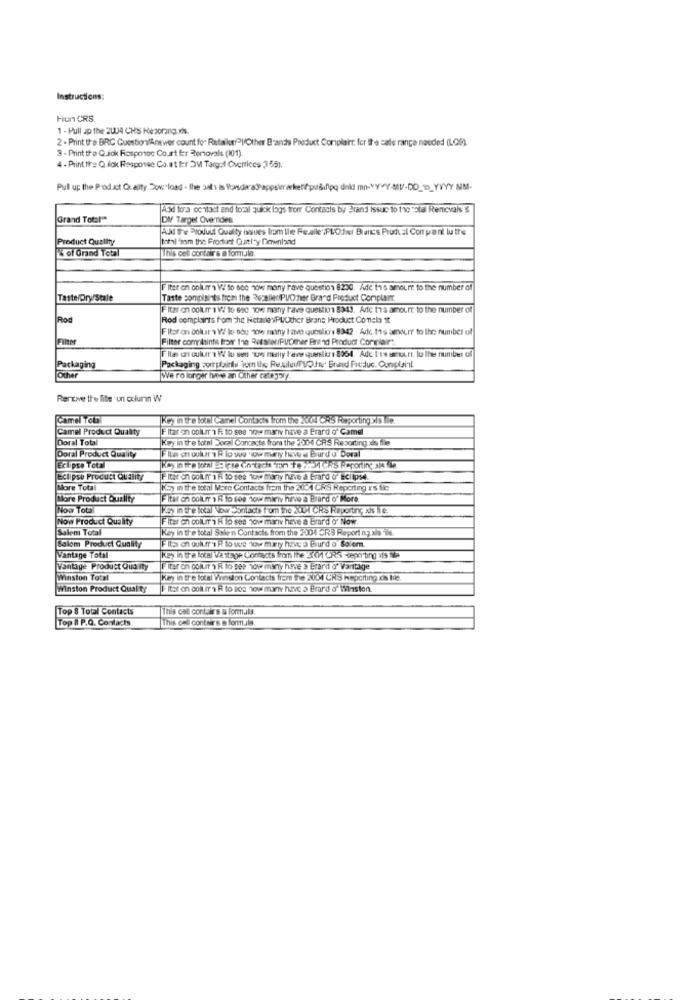
Instructions:
Hun CRS.
1 - Pull sp the 2004 CHS He zorang.xls.
2 - Print the BRC QuestionAnswer count for Retailer/Pl/Other Brands Product Complaint. for the sale range nasded (LQ0)
3 - Print the Quick Response Court fer Removals (101).
4. Print the Q fok Response Co.at fer OM Target Overrices ,3 55).
Pull up the Product Quality Download . the wal 1 is thanders"appsier arket/ pr&/pq dild mn-"Y"Y-MV-DO __ YYYY NM
Acid tora contact and tocal quick logs fremr Contacts by Brand Issuc to the Total Removals &
Grand Total"
DI Target Overrides
AN Tre Product Quality issues from the ReallePLO.hier Brants Prudtal Con pant lu tre
Product Quality
total "mm the Product Quantity Downland
& of Grand Total
This cell contair's a formula.
F Iter on colum's Vi to see how many have question 8230. Ade fs amourr. to the number of
Taste/Dry/Stale
Taste complaints from the RecalledVOher Brand Product Complaint
Fitar on colum 1 W to eic tow many rave question 8343. Aric t's amourr. to the number of
Rod
Rod complaints from the RetanevPUUther Brand Product Comela It
Fitor on colter1 W lo sou towe many have questions 8342 Ade tts amourr to the number of
Filter
Filter complaints trorr 196 RetsleciFUDeher Brand Product Complaire.
Packaging
Packaging porubinte ior Us RexiluffyOhne' Brand Freduc. Conplainil
Other
We ro longer have an Other category
Rentwe the lite un column W
Camel To6
Key in tre local Camel Contacts from the 200 GRis Forporting Sis Tie.
Camel Product Quality
F itar en colurr'1 R to see how many have a Erard o' Camel
Doral Total
kwy in the lotel local Concacts from the Z'IM GR'S Reporting is tie
Doral Product Quality
Ita en oukur 1 R lo we now mely fww a Burd o' Doral
Eclipse Total
Roy in tre tornl-Birse Gotach ron -Fe : M Ch's Reporting 3/3 Le
Eclipse Product Quality
F iter en coll.fr 1 R to see towe marly have à Brard o'Eclipse.
More Total
KSy in the total Move Contacts frem the 20-1 CRS Reporting xs tle
More Product Quality
Fitar on colle a R to coe tow marly have a Brard o' More
Now Tota
key in the local Vow contacts from the SULH CRis Reporting xis be
Now Product Quality
F iter on collir i Fi to see how many heve a Brard o' Now
Salem Total
Key in the total Sakern Contacte from the 2004 CRS Report ng als ile
Salom Product Quality
Fita on oufurr's R to wie low mely have a Brurd o' Solem.
Vantage Total
Key in the local Wa stage Contacts from the 30 CRis -seper ting 115 a
Vantage Product Qua ity
Fiter on collir \ to see how many have a Brand of Vantage
Winston Total
Key in tre total Winston Contacts from the 200 CRS Reporting os tile.
Winston Product Quality
Itor en collir's R to 202 16w many have a Erard o' Winston.
Top 8 Total Contacts
This call contairs a formula
Top 8 P.Q. Contacts
This call contaire a formula.